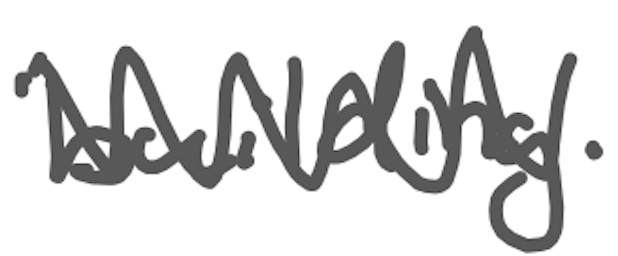
Text: building.
Cross-out: zig-zag
Writing tool: digital_gray